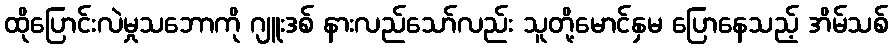
ထိုပြောင်းလဲမှုသဘောကို ဂျူးဒစ် နားလည်သော်လည်း သူတို့မောင်နှမ ပြောနေသည့် အိမ်သစ်